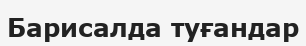
Барисалда туғандар